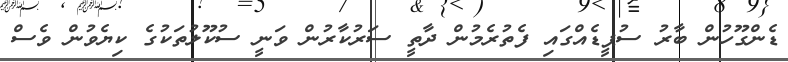
ޑެންގޫހުން ބާރު ސުޕީޑެއްގައި ފެތުރެމުން ދާތީ ސަރުކާރުން ވަނީ ސުކޫލުތަކުގެ ކިޔެވުން ވެސް